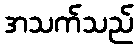
အသက်သည်